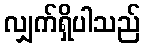
လျှက်ရှိပါသည်